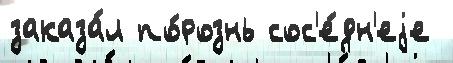
заказа́л по́рознь сос'е́дн'еjе